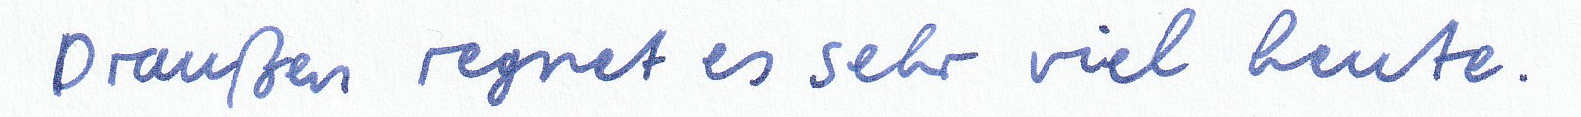
Draußen regnet es sehr viel heute.